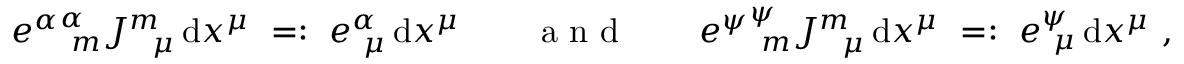
e ^ { \alpha } \= e _ { \ m } ^ { \alpha } J _ { \ \ \mu } ^ { m } \, \mathrm { d } x ^ { \mu } \ = : \ e _ { \ \mu } ^ { \alpha } \, \mathrm { d } x ^ { \mu } \quad \quad \textrm { a n d } \quad \quad e ^ { \psi } \= e _ { \ m } ^ { \psi } J _ { \ \ \mu } ^ { m } \, \mathrm { d } x ^ { \mu } \ = : \ e _ { \ \mu } ^ { \psi } \, \mathrm { d } x ^ { \mu } \ ,